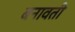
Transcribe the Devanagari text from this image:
बनावती